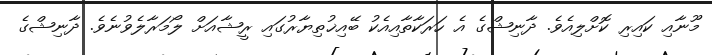
މޫނާއި ކައިރި ކޮށްލިއެވެ. ދާނިޝްގެ އެ ހަރަކާތާއިއެކު ބޭއިޚުތިޔާރުގައި ރީޝާއަށް ލޯމަރާލެވުނެވެ. ދާނިޝްގެ